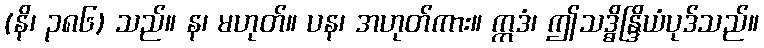
(နိ၊ ၃၈၆) သည်။ န၊ မဟုတ်။ ပန၊ အဟုတ်ကား။ ဣဒံ၊ ဤသဒ္ဓိန္ဒြိယံပုဒ်သည်။